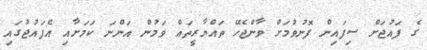
ގެ ފައުޖަށް ސިފައިން ފޮނުވުމަށް ވާންޖެހޭ ތައްޔާރީތައް ވަމުން އަންނަ ކަމަށާއި އެފައުޖުގައި